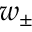
w _ { \pm }